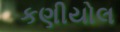
કણીયોલ